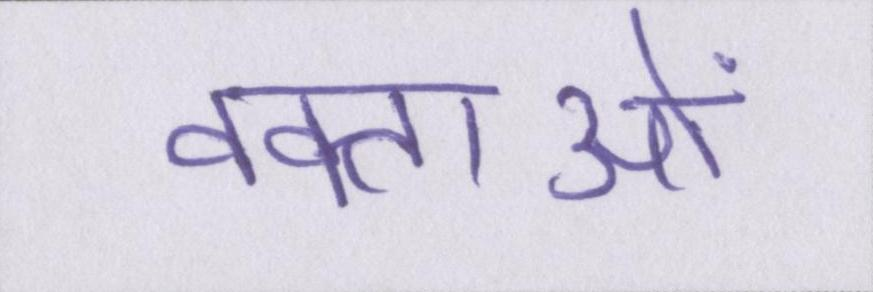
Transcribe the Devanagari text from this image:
वक्ताओं